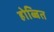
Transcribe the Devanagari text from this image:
होब्बित